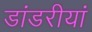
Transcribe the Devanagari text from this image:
डांडरीयां